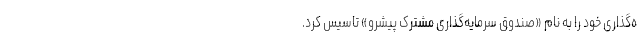
ه‌گذاری خود را به نام «صندوق سرمایه‌گذاری مشترک پیشرو» تاسیس کرد.